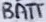
Text: BATT